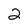
Character: 2